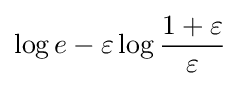
\log e-\varepsilon \log {\frac {1+\varepsilon }{\varepsilon }}